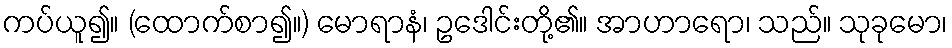
ကပ်ယူ၍။ (ထောက်စာ၍။) မောရာနံ၊ ဥဒေါင်းတို့၏။ အာဟာရော၊ သည်။ သုခုမော၊